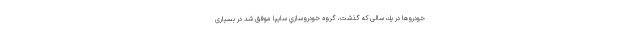
خودروها در يك‌ سالی كه گذشت، گروه خودروسازي سايپا موفق شد در بسیاری